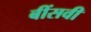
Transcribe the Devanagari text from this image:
बींसवी